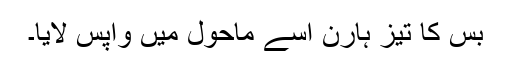
بس کا تیز ہارن اسے ماحول میں واپس لایا۔